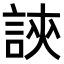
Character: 𧧵